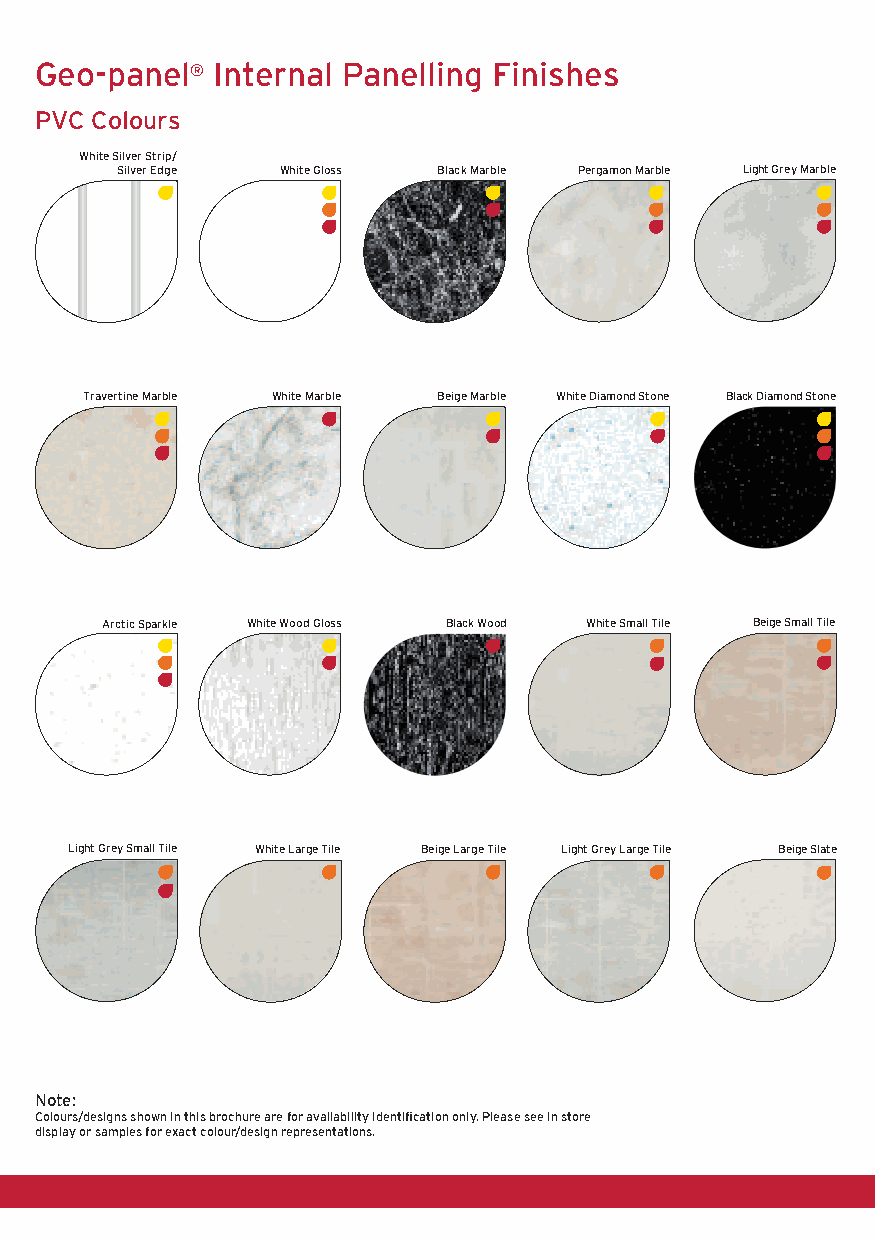
Geo-panel  Internal Panelling Finishes
 ®
 PVC Colours
 White Silver Strip/
 Silver Edge White Gloss Black Marble Pergamon Marble Light Grey Marble
 Travertine Marble White Marble Beige Marble White Diamond Stone Black Diamond Stone
 Arctic Sparkle White Wood Gloss Black Wood White Small Tile Beige Small Tile
 Light Grey Small Tile White Large Tile Beige Large Tile Light Grey Large Tile Beige Slate
 Note:
 Colours/designs shown in this brochure are for availability identification only. Please see in store
 display or samples for exact colour/design representations.
 J3920-Freefoam A5 Catalogue-150316-v2.indd 36    15/03/2016 16:42